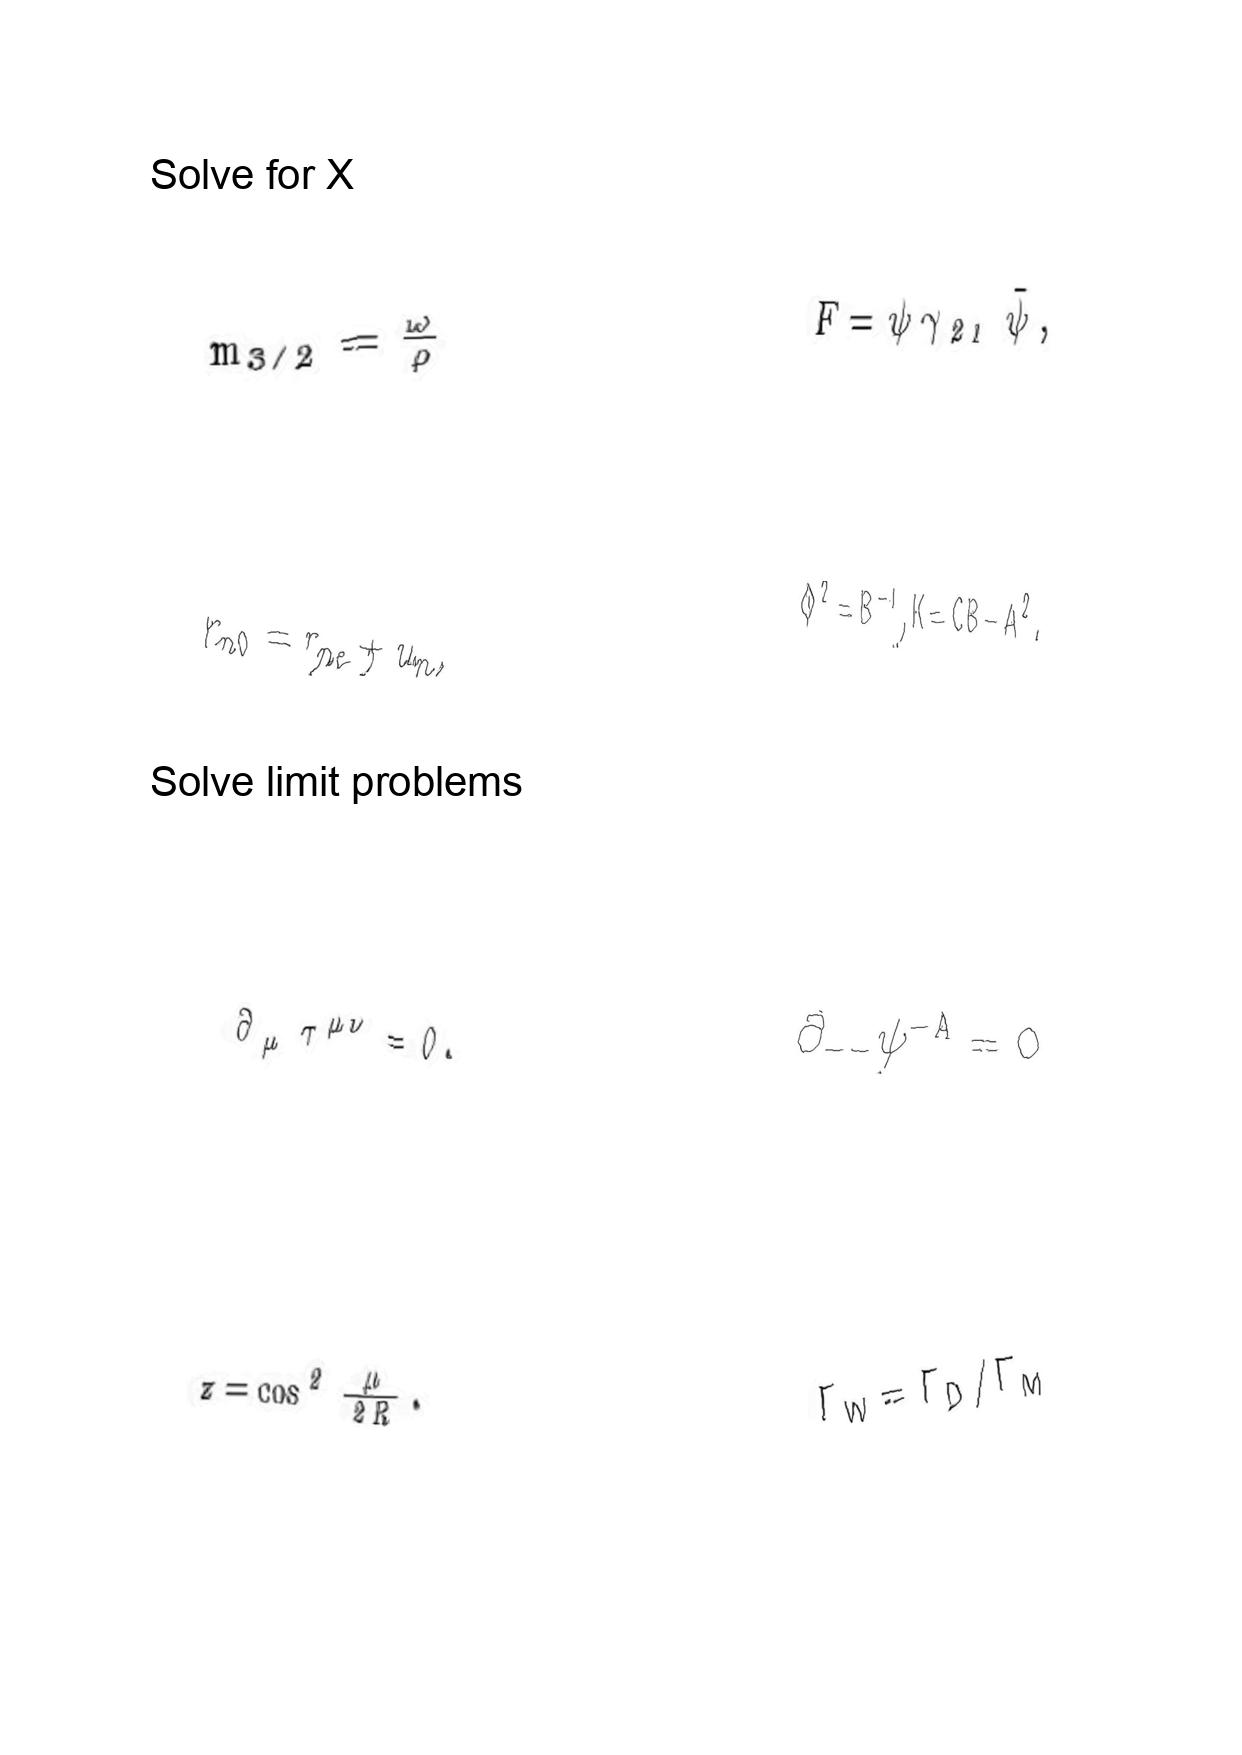
LaTeX transcription:
m _ { 3 / 2 } = \frac { \omega } { \rho }
r _ { n 0 } = r _ { n e } + u _ { n } ,
\partial _ { \mu } \tau ^ { \mu \nu } = 0 .
z = \cos ^ { 2 } \frac { \mu } { 2 R } .
F = \psi \gamma _ { 2 1 } \tilde { \psi } ,
\Phi ^ { 2 } = B ^ { - 1 } , K = C B - A ^ { 2 } .
\partial _ { - - } \psi ^ { - A } = 0
\Gamma _ { W } = \Gamma _ { D } / \Gamma _ { M }